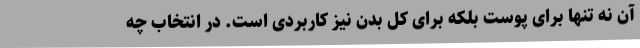
آن نه تنها برای پوست بلکه برای کل بدن نیز کاربردی است. در انتخاب چه